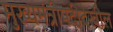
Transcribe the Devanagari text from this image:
मुख्यमंत्रीपदीदेखील